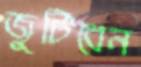
জুটিবেন